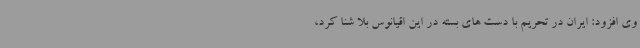
وی افزود: ایران در تحریم با دست های بسته در این اقیانوس بلا شنا کرد،